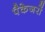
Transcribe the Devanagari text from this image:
पैकेजरों